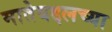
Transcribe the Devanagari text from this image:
मातेबद्दलच्या